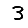
Digit: 3